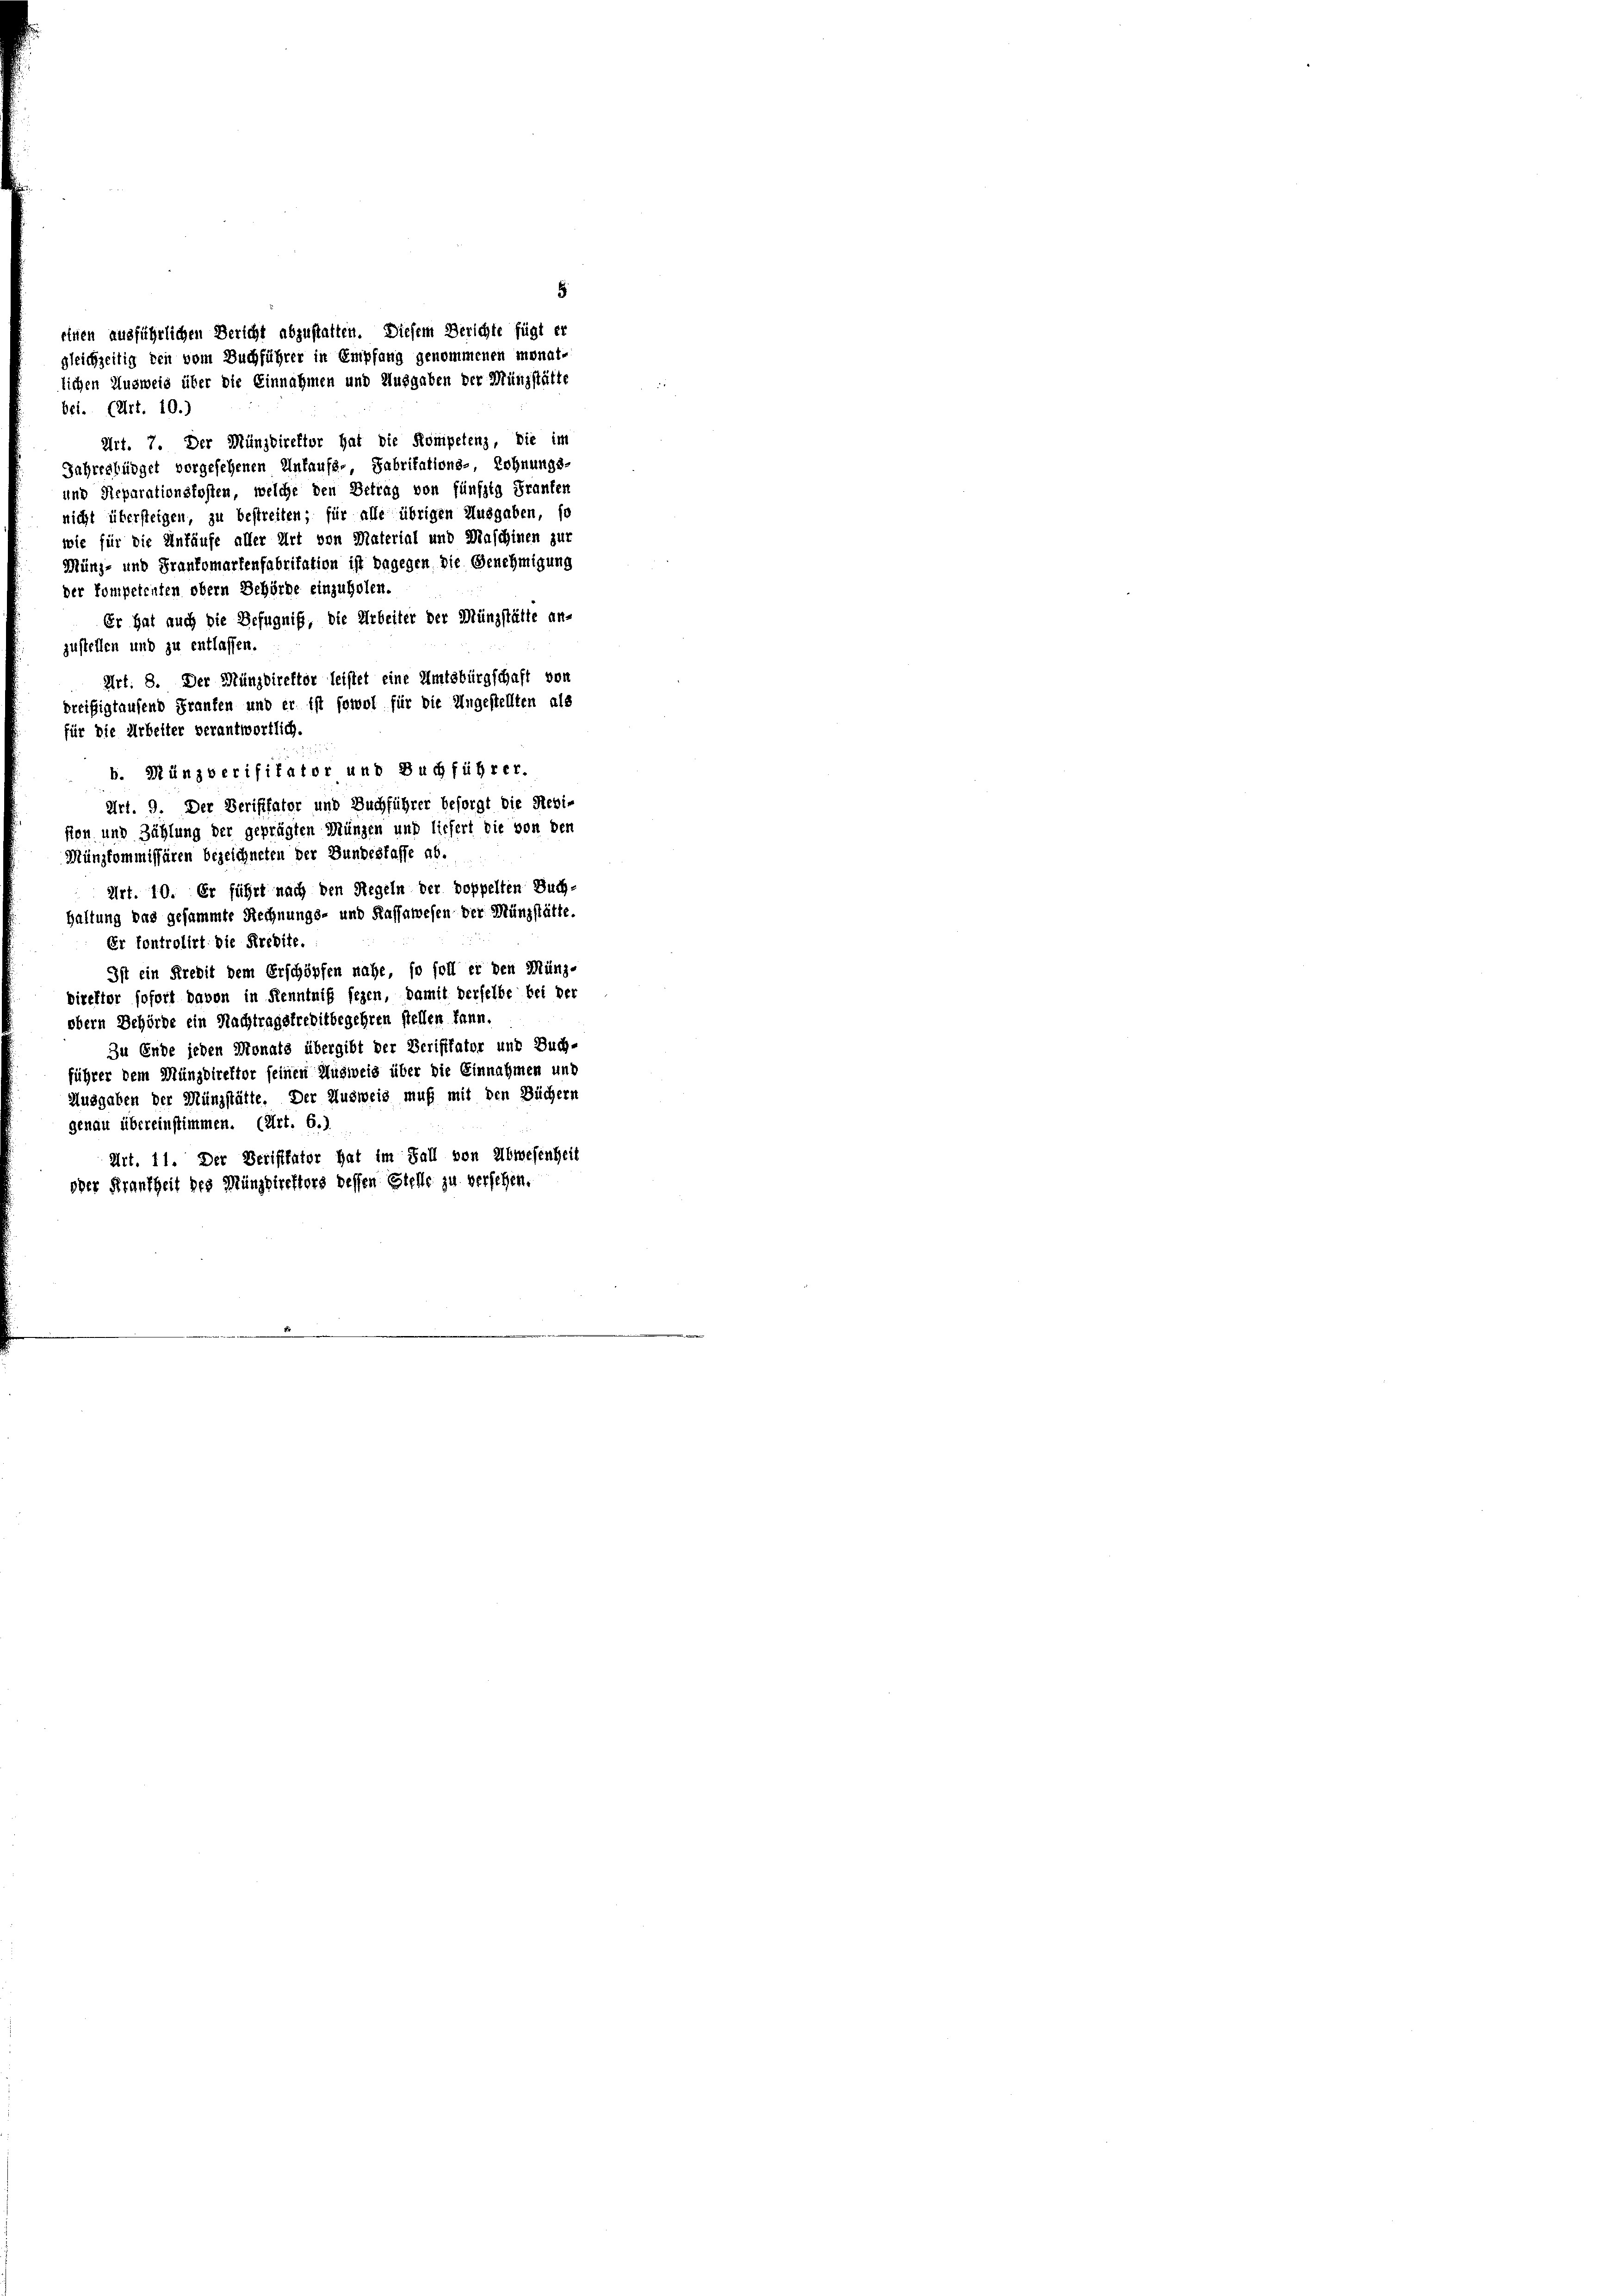
einen ausführlichen Bericht abzustatten. Diesem Berichte fügt er
gleichzeitig den vom Buchführer in Empfang genommenen monate
lichen Ausweid über die Einnahmen und Ausgaben der Münzstätte

bet. (Art. 10.)
Art. 7. Der Münzdirektor hat die Kompetenz, die im
Jahresbüdget vorgesehenen Ankaufs-, Fabritations- Rohnungs-
und Steparationsfosten, welche den Betrag von fünfzig Franken
nicht übersteigen, zu bestreiten; für alle übrigen Ausgaben, so
wie für die Unfäufe aller Art von Material und Maschinen zur
Münz- und Frankomartenfabritation ist dagegen, die Genehmigung
der kompetenten obern Behörde einzuholen.
zustellen und zu entlassen.
Art. 8. Der Münzdirektor leistet eine Amtsbürgschaft von
dreißigtausend Franken und er ist sowol für die Ungestellten als
für die Arbeiter verantwortlich.
b. Münzberifikator und Buchführer.
Art. 9. Der Berifffator und Buchführer besorgt die Revi-
sion und Zählung der geprägten Münzen und liefert die von den
Münzkommissären bezeichneten der Bundesfasse ab.
Art. 10. Er führt nach den Regeln der doppelten Buch-
Haltung das gesammte Rechnungs- und Kassawesen der Münzstätte.
Er fontrolirt die Kredite.
Direktor sofort davon in Kenntniß seyen, damit derselbe bei der
obern Behörde ein Nachtragstreditbegehren stellen kann.
führer dem Münzdirektor seinen Ausweis über die Einnahmen und
genau übereinstimmen. (Art. 6.)
oder Krankheit des Münzdirektors dessen Stelle zu versehen,

Er hat auch die Befugniß, die Arbeiter der Münzstätte an-
Ist ein Kredit dem Erschöpfen nahe, so soll er den Münz-
Zu Ende jeden Monats übergibt der Berifffator und Buch-
Ausgaben der Münzstätte. Der Ausweis muß mit den Büchern
Art. 11. Der Veristtator hat im Fall von Abwesenheit